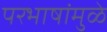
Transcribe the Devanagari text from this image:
परभाषांमुळे